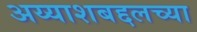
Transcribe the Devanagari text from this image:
अय्याशबद्दलच्या